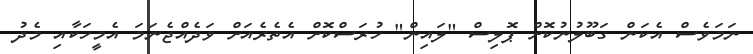
ނަމަވެސް އެކަން ގަބޫލުނުކޮށް ޕޮލިސް "ލައިން" ހުރަސްކޮށް އެތެރެއަށް ވަދެއްޖެނަމަ އެމީހަކާއި މެދު